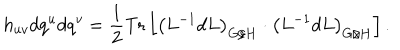
h _ { u v } d q ^ { u } d q ^ { v } = \frac 1 2 \mathrm { T r } \left[ \left( L ^ { - 1 } d L \right) _ { G / H } \cdot \left( L ^ { - 1 } d L \right) _ { G / H } \right] .